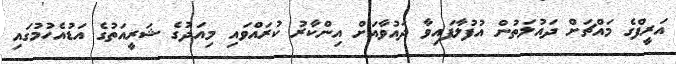
އަރީފްގެ މައްޗަށް ދައުލަތުން އުފުލާފައިވާ ދައުވާއަށް އިންކާރު ކުރައްވައި މިއަދުގެ ޝަރީއަތުގެ އަޑުއެހުމުގައި